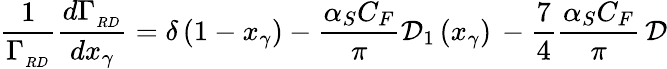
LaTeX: \frac{1}{\Gamma_{_{RD}}}\frac{d\Gamma_{_{RD}}}{dx_{\gamma}}=\delta\left(1-x_{\gamma}\right)-\frac{\alpha_{S}C_{F}}{\pi}\mathcal{D}_{1}\left(x_{\gamma}\right)\, -\frac{7}{4}\frac{\alpha_{S}C_{F}}{\pi}\, \mathcal{D}